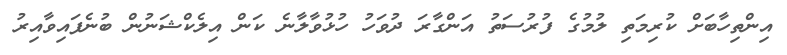
އިންތިހާބަށް ކުރިމަތި ލުމުގެ ފުރުސަތު އަންގާރަ ދުވަހު ހުޅުވާލާނެ ކަން އިލެކްޝަނުން ބުނެފައިވާއިރު